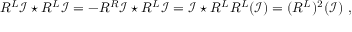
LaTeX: R ^ { L } \mathcal { I } \star R ^ { L } \mathcal { I } = - R ^ { R } \mathcal { I } \star R ^ { L } \mathcal { I } = \mathcal { I } \star R ^ { L } R ^ { L } ( \mathcal { I } ) = ( R ^ { L } ) ^ { 2 } ( \mathcal { I } ) \ ,